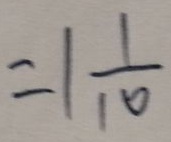
= 1 \frac { 1 } { 1 0 }